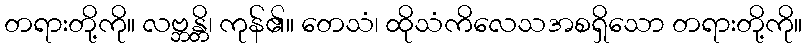
တရားတို့ကို။ လဗ္ဘန္တိ၊ ကုန်၏။ တေသံ၊ ထိုသံကိလေသအစရှိသော တရားတို့ကို။